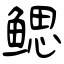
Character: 鳃